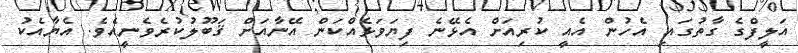
އަލީފްގެ ގާތުގައި އެހުން އެއީ ކުރިއަށް އެޅޭނެ ފިޔަވަޅެއްކަން އޭނާއަށް ޤަބޫލުކުރެވެނީއެވެ. އެޔާއެކު